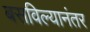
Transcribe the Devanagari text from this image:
बसविल्यानंतर